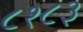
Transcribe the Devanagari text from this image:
८१८३